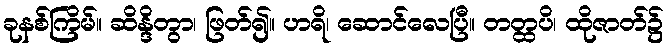
ခုနစ်ကြိမ်။ ဆိန္ဒိတွာ၊ ဖြတ်၍။ ဟရိ၊ ဆောင်လေပြီ။ တတ္ထပိ၊ ထိုဇာတ်၌